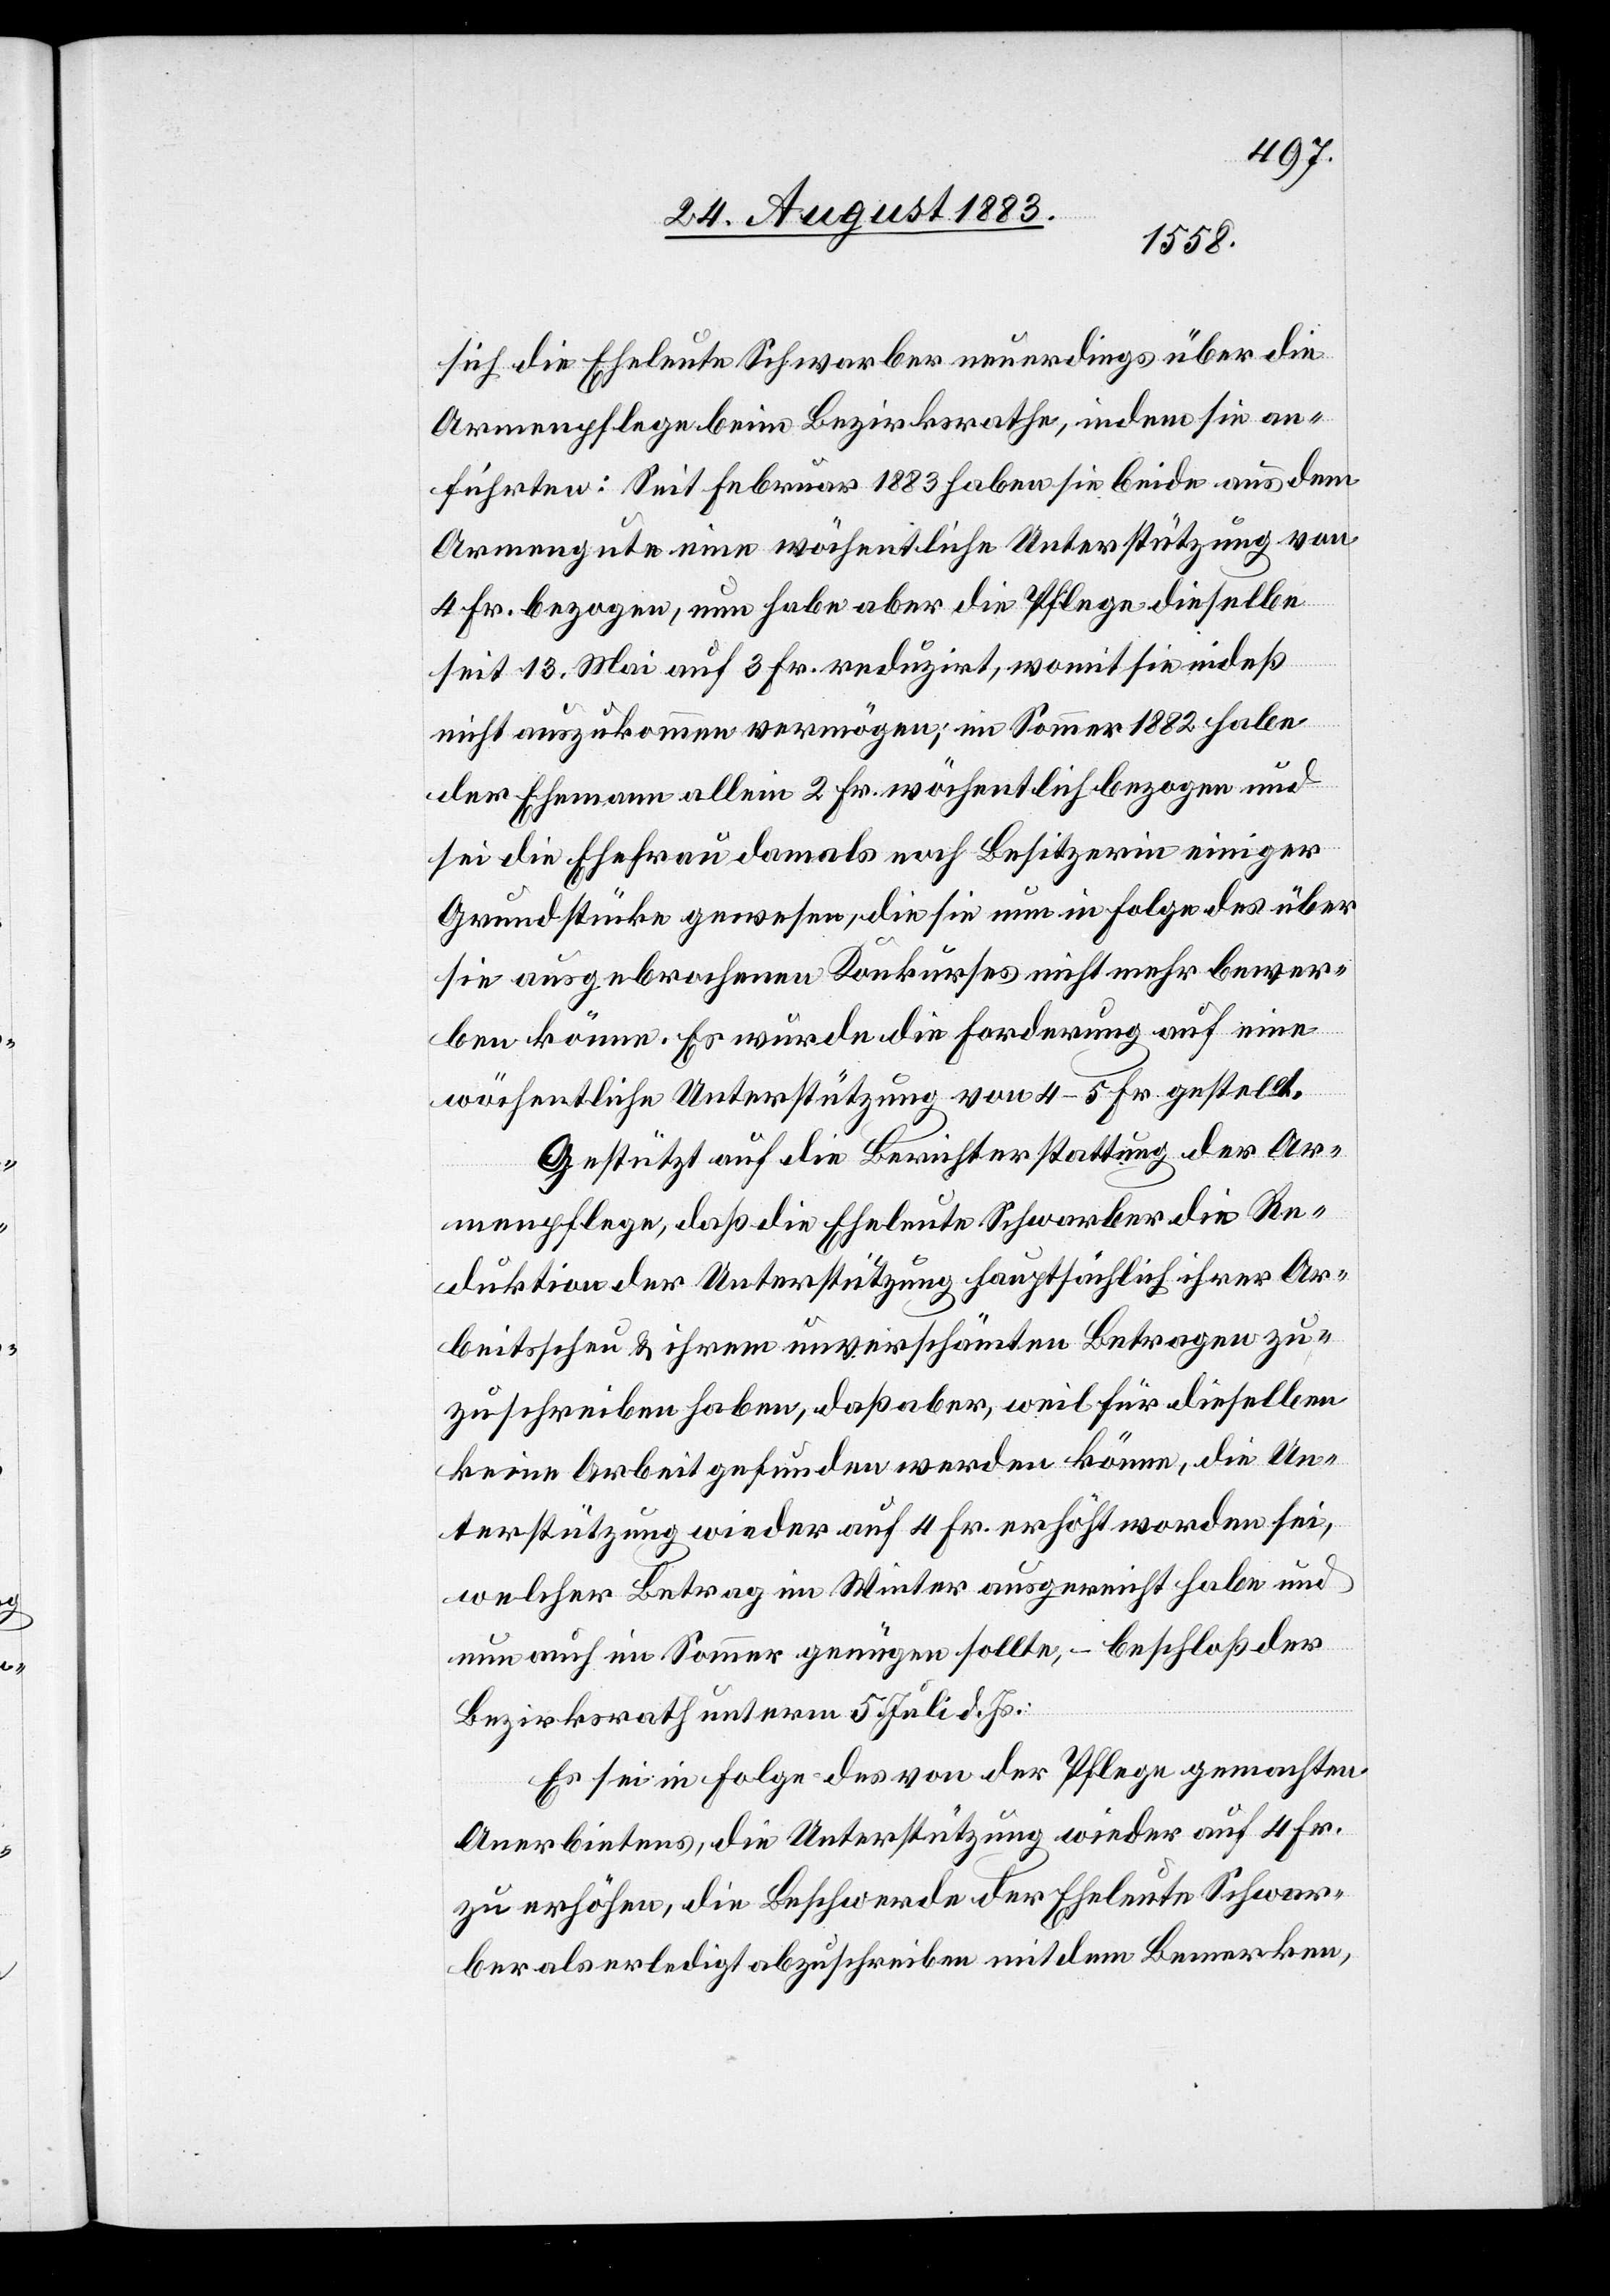
sich die Eheleute Schwarber neuerdings über die
Armenpflege beim Bezirksrathe, indem sie an¬
führten: Seit Februar 1883 haben sie beide aus dem
Armengute eine wöchentliche Unterstützung von
4 Fr. bezogen, nun habe aber die Pflege dieselbe
seit 13. Mai auf 3 Fr. reduzirt, womit sie indeß
nicht auszukommen vermögen; im Sommer 1882 habe
der Ehemann allein 2 Fr. wöchentlich bezogen und
die Ehefrau damals noch Besitzerin einiger
Grundstücke gewesen, die sie nun in Folge des über
sie ausgebrochenen Konkurses nicht mehr bewer¬
ben könne. Es würde die Forderung auf eine
wöchentliche Unterstützung von 4–5 Fr. gestellt.
Gestützt auf die Berichterstattung der Ar¬
menpflege, daß die Eheleute Schwarber die Re¬
duktion der Unterstützung hauptsächlich ihrer Ar¬
beitsscheu & ihrem unverschämten Betragen zu¬
zuschreiben haben, daß aber, weil für dieselben
keine Arbeit gefunden werden könne, die Un¬
terstützung wieder auf 4 Fr. erhöht worden sei,
welcher Betrag im Winter ausgereicht habe und
nun auch im Sommer genügen sollte, – beschloß der
Bezirksrath unterm 5. Juli d. Js:
Es sei in Folge des von der Pflege gemachten
Anerbietens, die Unterstützung wieder auf 4 Fr.
zu erhöhen, die Beschwerde der Eheleute Schwar¬
ber als erledigt abzuschreiben mit dem Bemerken,